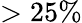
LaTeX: >25\%